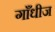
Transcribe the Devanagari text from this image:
गाँधीज